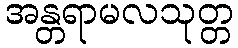
အန္တရာမလသုတ္တ